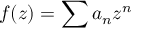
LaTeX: f ( z ) = \sum a _ { n } z ^ { n }